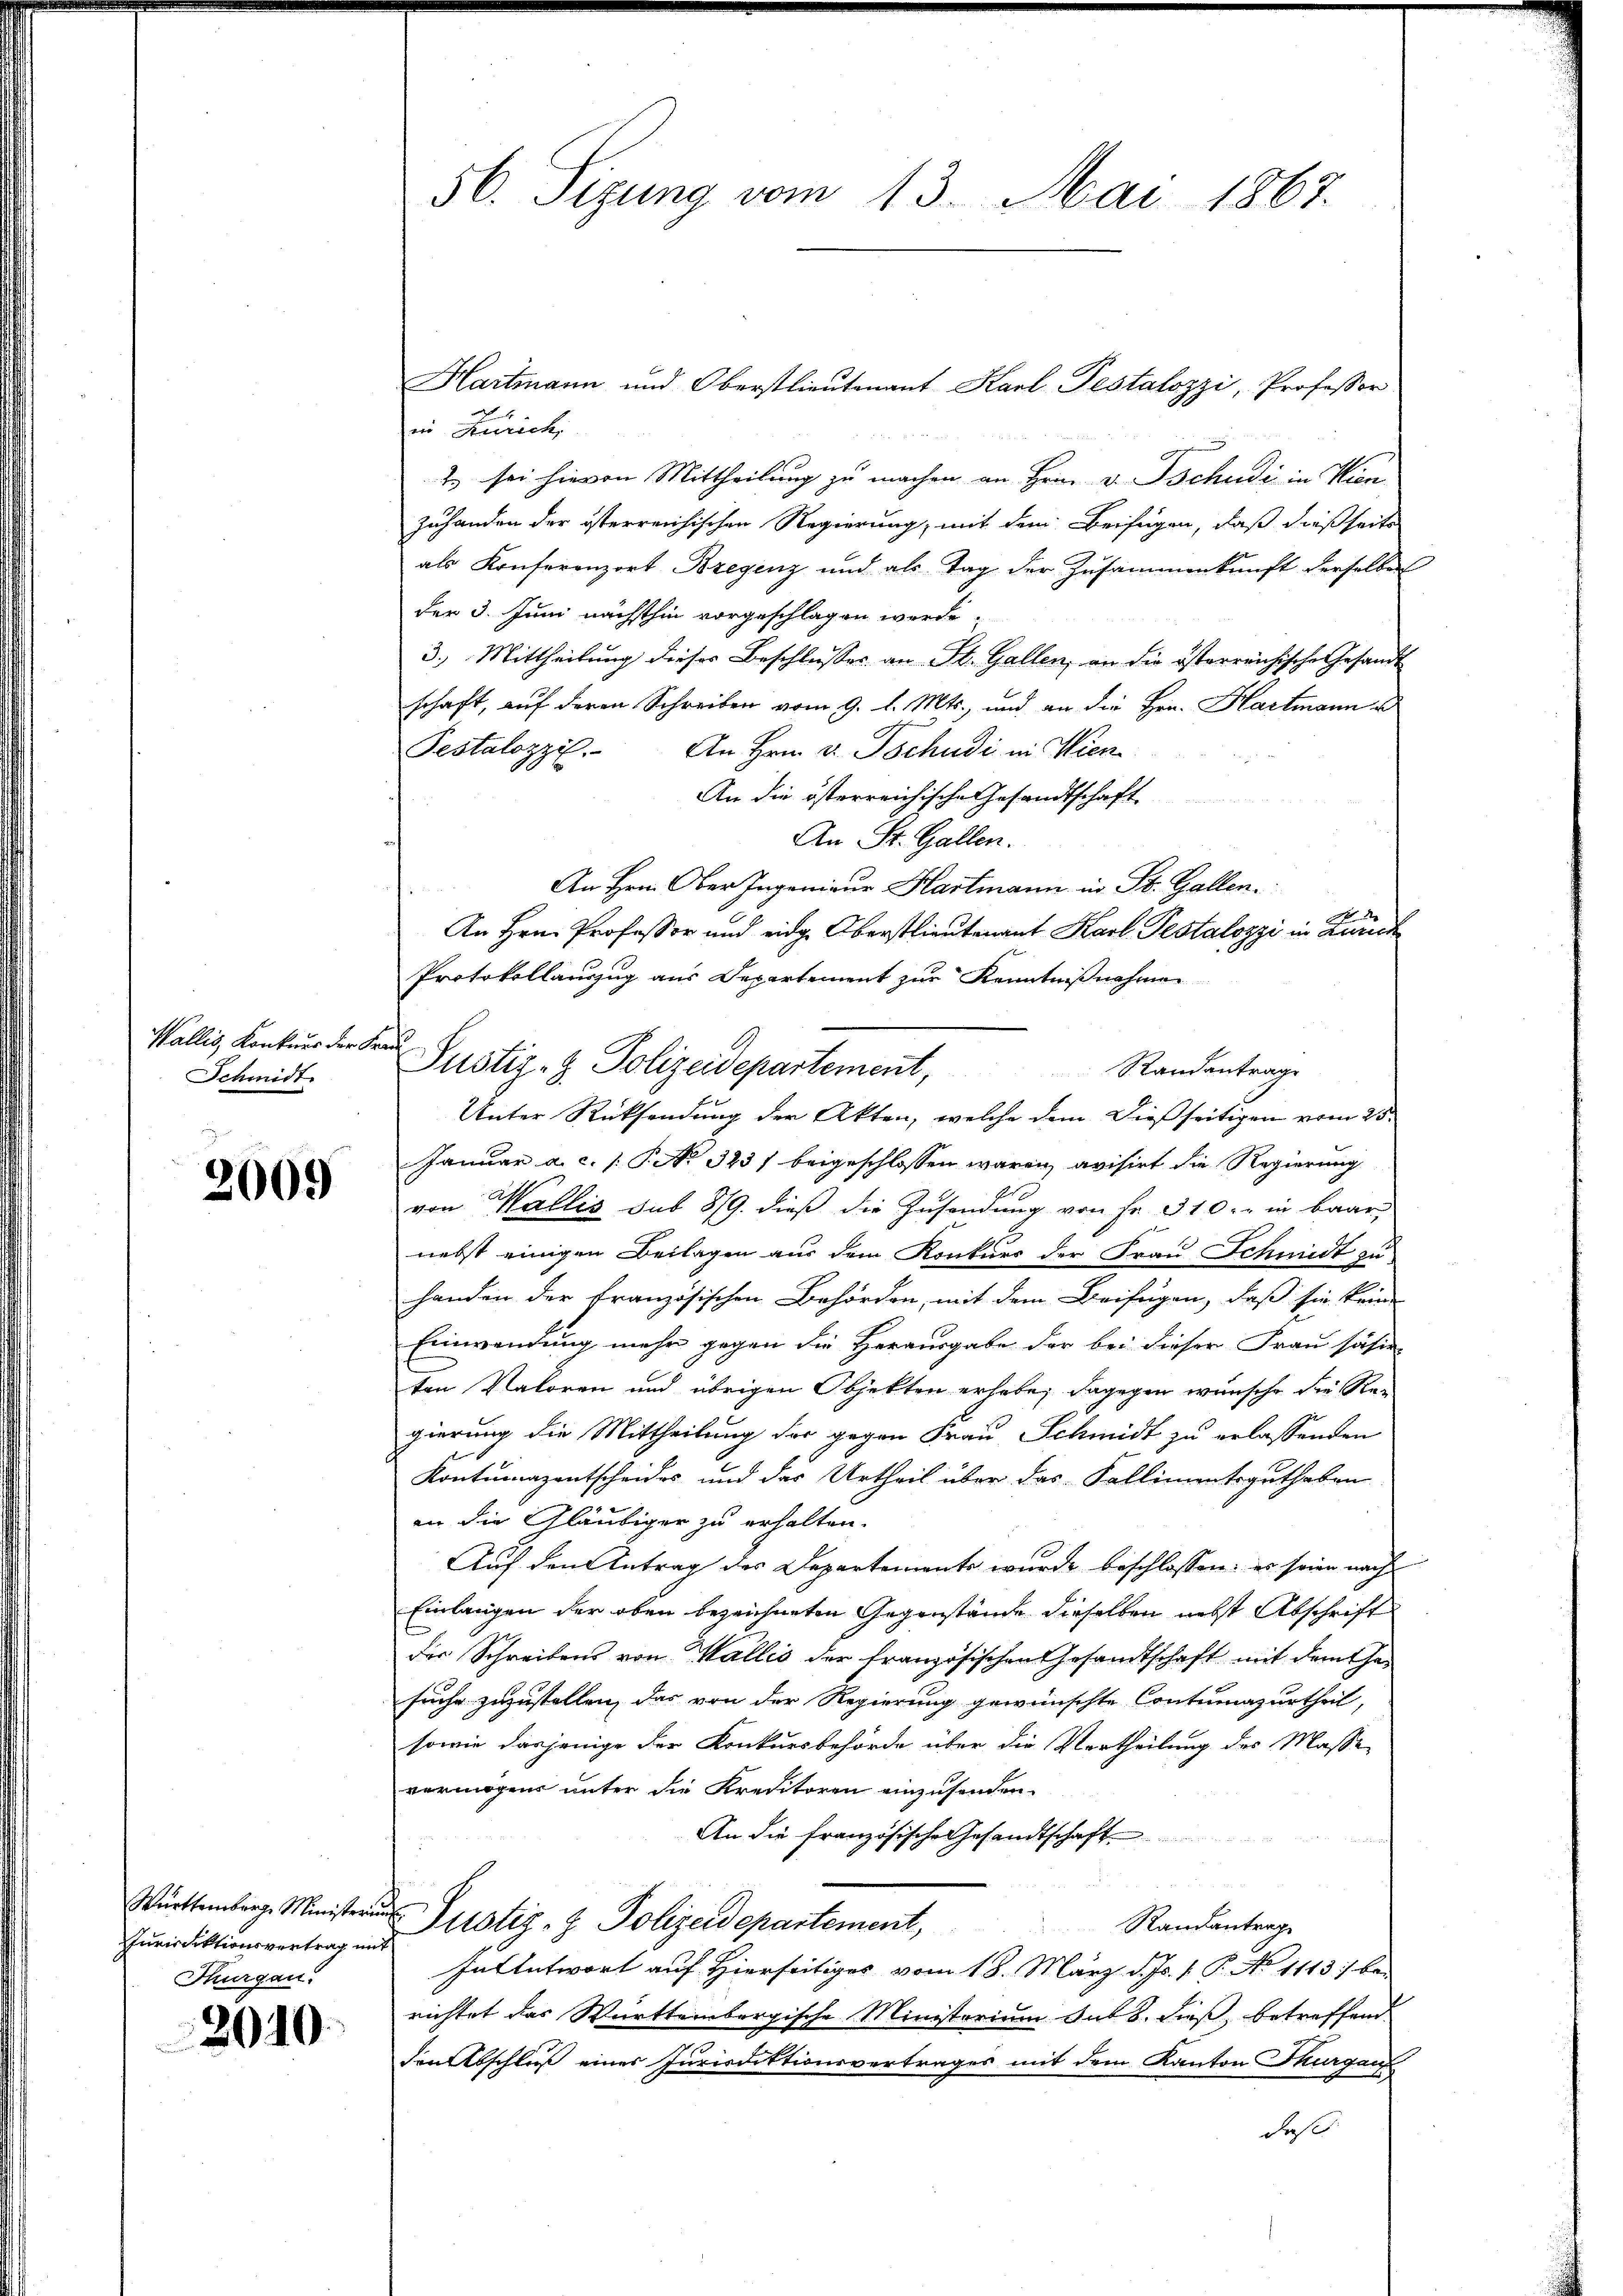
Schmidt.

2009

nriedektionsvertrag mit
Thurgau.

2010

56. Sizung vom 13. Mai 1867.

Hartmann und Oberstlieutenant Karl Pestalozzi, Professor
in Zürich,
2. sei hievon Mittheilung zu machen an Hrn. v. Tschudi in Wien
zuhanden der österreichischen Regierung, mit dem Beifügen, daß dießseits
als Konferenzort Bregenz und als Tag der Zusammenkunft derselben
der 3. Juni nächsthin vorgeschlagen werde.
3.) Mittheilung dieses Beschlusses an St. Gallen, an die österreichische Gesandt
schaft, auf deren Schreiben vom 9. d. Mts., und an die Hrn. Hartmann u
Pestalozzil. An Hrn. v. Tschudi in Wien
An die österreichische Gesandtschaft
u
An St. Gallen.
An Hrn. Ober Ingenieur Hartmann in St. Gallen.
.
An Hrn. Professor und eidg. Oberstlieutenant Karl Pestalozzi in Zürich
Protokollauszug aus Departement zur Kenntnißnahmen
Standantrage
Unter Rücksendung der Akten, welche dem dießseitigen vom 25.
Januar a. c. /: P. No. 323) beigeschlossen waren avisirt die Regierung
von Wallis sub 8/9. dieß die Zusendung von Fr. 310. in baar
nebst einigen Beilagen aus dem Konkurs der Frau Schmidt zu
handen der französischen Behörden, mit dem Beifügen, daß sie keine
Einwendung mehr gegen die Herausgabe der bei dieser Frau säsie-
ten Natoren und übrigen Objekten erhabe; dagegen wünsche die Regierung die Mittheilung der gegen Frau Schmidt zu erlassenden
Kontumazentscheides und der Urtheil über das Kallimentsguthaben
an die Gläubiger zu erhalten.
Auf den Antrag des Departements wurde beschlossen: er seien nach
Einlangen der oben bezeichneten Gegenstände dieselben nebst Abschrift
der Schreibens von Wallis der französischen Gesandtschaft mit dem thasuche zuzustellen, das von der Regierung gewünschte Contumazurtheil,
sowie dasjenige der Konkursbehörde über die Vertheilung des Masse
vermögens unter die Kreditoren einzusenden.
An die französische Gesandtschaft
Württemberg Minister Justiz- & Polizeidepartement,
Randantrag
In Antwort auf Hierseitiger vom 18. März d. Js. v. P. Ao 1113) bei
richtet das Württembergische Ministorium sub 8. dieß, betreffend
den Abschluß eines Jurisuktionsvertrages mit dem Kanton Thurgau
daß

Wallis, Lenken der Justiz- & Polizeidepartement,